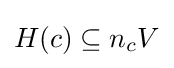
H(c)\subseteq n_{c}V